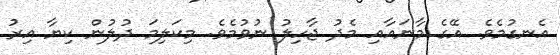
އެނގުމެވެ. އޭގެ މާނައާއި މެދު ޖާހިލު ނުވުމެވެ. މިކަލިމަ ދުލުން ކިޔާ އިރު